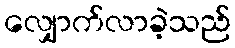
လျှောက်လာခဲ့သည်